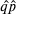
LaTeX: { \hat { q } } { \hat { p } }